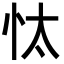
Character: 忲